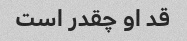
قد او چقدر است